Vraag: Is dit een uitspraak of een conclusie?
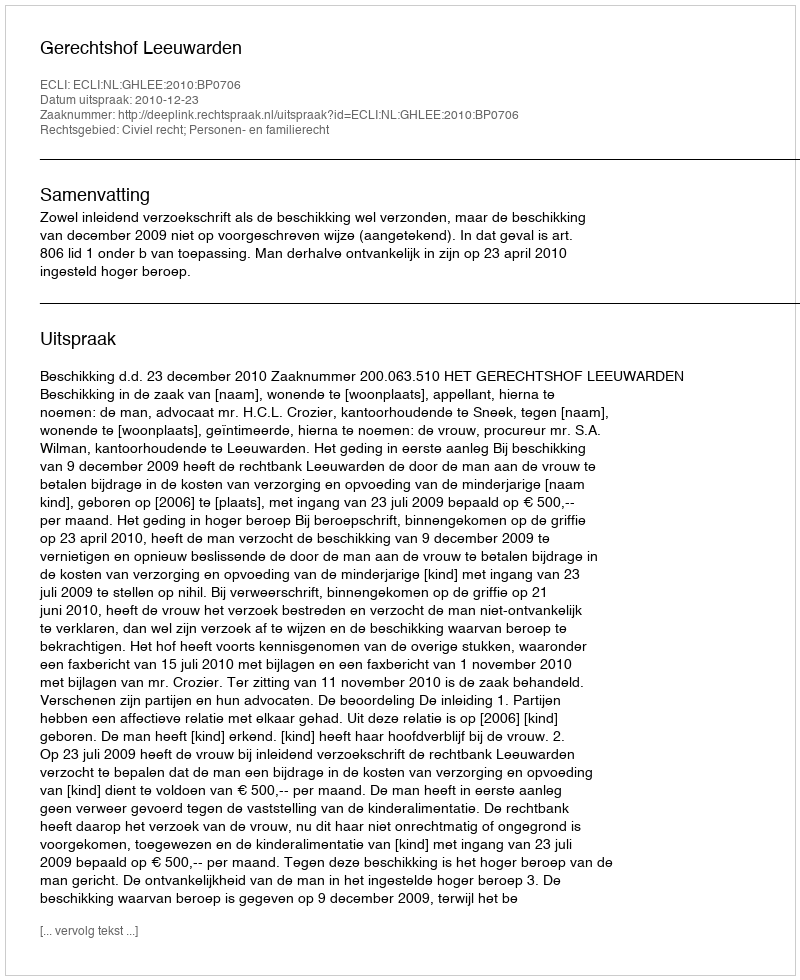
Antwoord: Uitspraak